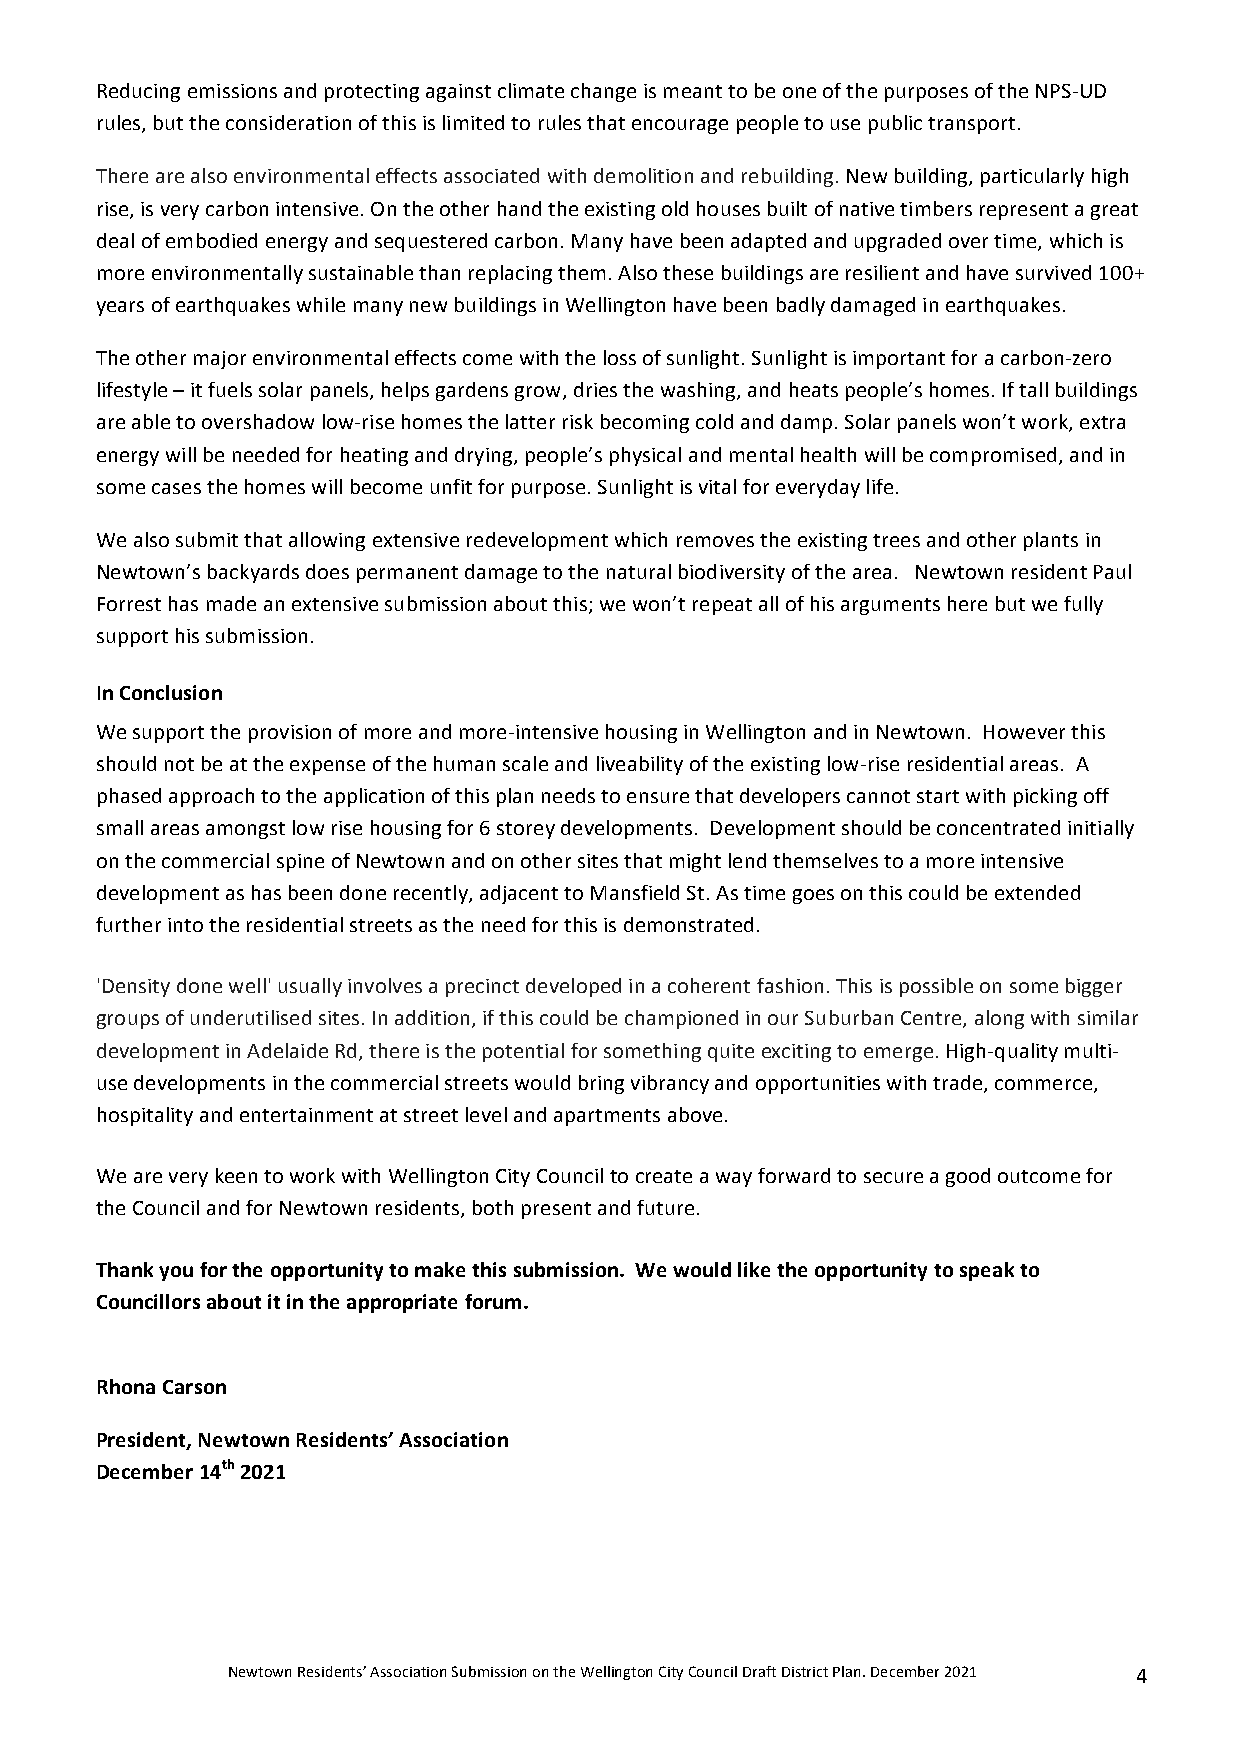
Reducing emissions and protecting against climate change is meant to be one of the purposes of the NPS-UD
 rules, but the consideration of this is limited to rules that encourage people to use public transport.
 There are also environmental effects associated with demolition and rebuilding. New building, particularly high
 rise, is very carbon intensive. On the other hand the existing old houses built of native timbers represent a great
 deal of embodied energy and sequestered carbon. Many have been adapted and upgraded over time, which is
 more environmentally sustainable than replacing them. Also these buildings are resilient and have survived 100+
 years of earthquakes while many new buildings in Wellington have been badly damaged in earthquakes.
 The other major environmental effects come with the loss of sunlight. Sunlight is important for a carbon-zero
 lifestyle – it fuels solar panels, helps gardens grow, dries the washing, and heats people’s homes. If tall buildings
 are able to overshadow low-rise homes the latter risk becoming cold and damp. Solar panels won’t work, extra
 energy will be needed for heating and drying, people’s physical and mental health will be compromised, and in
 some cases the homes will become unfit for purpose. Sunlight is vital for everyday life.
 We also submit that allowing extensive redevelopment which removes the existing trees and other plants in
 Newtown’s backyards does permanent damage to the natural biodiversity of the area. Newtown resident Paul
 Forrest has made an extensive submission about this; we won’t repeat all of his arguments here but we fully
 support his submission.
 In Conclusion
 We support the provision of more and more-intensive housing in Wellington and in Newtown. However this
 should not be at the expense of the human scale and liveability of the existing low-rise residential areas. A
 phased approach to the application of this plan needs to ensure that developers cannot start with picking off
 small areas amongst low rise housing for 6 storey developments. Development should be concentrated initially
 on the commercial spine of Newtown and on other sites that might lend themselves to a more intensive
 development as has been done recently, adjacent to Mansfield St. As time goes on this could be extended
 further into the residential streets as the need for this is demonstrated.
 'Density done well' usually involves a precinct developed in a coherent fashion. This is possible on some bigger
 groups of underutilised sites. In addition, if this could be championed in our Suburban Centre, along with similar
 development in Adelaide Rd, there is the potential for something quite exciting to emerge. High-quality multi-
 use developments in the commercial streets would bring vibrancy and opportunities with trade, commerce,
 hospitality and entertainment at street level and apartments above.
 We are very keen to work with Wellington City Council to create a way forward to secure a good outcome for
 the Council and for Newtown residents, both present and future.
 Thank you for the opportunity to make this submission. We would like the opportunity to speak to
 Councillors about it in the appropriate forum.
 Rhona Carson
 President, Newtown Residents’ Association
 December 14th 2021
 Newtown Residents’ Association Submission on the Wellington City Council Draft District Plan. December 2021 4